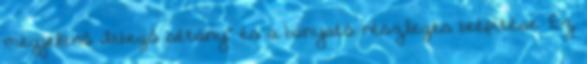
megjelenő „lebegő sétány” és a bányató részleges beépítése. Ez